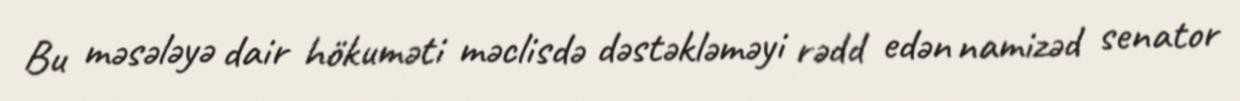
Bu məsələyə dair hökuməti məclisdə dəstəkləməyi rədd edən namizəd senator